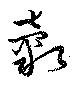
糓